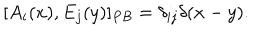
[ A _ { i } ( x ) , E _ { j } ( y ) ] _ { P B } = \delta _ { i j } \delta ( x - y ) .